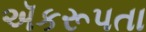
ઍકરૂપતા